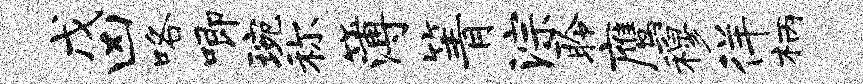
戊凶咯唧琬称簿箐淙聆鹰穆徉柄